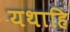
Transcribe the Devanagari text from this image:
यथाहि